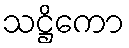
သဋ္ဌိကော